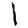
Digit: 1